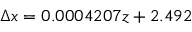
\Delta x = 0 . 0 0 0 4 2 0 7 z + 2 . 4 9 2